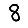
Digit: 8